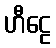
ဟီဠေ